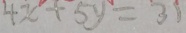
4 x + 5 y = 3 1